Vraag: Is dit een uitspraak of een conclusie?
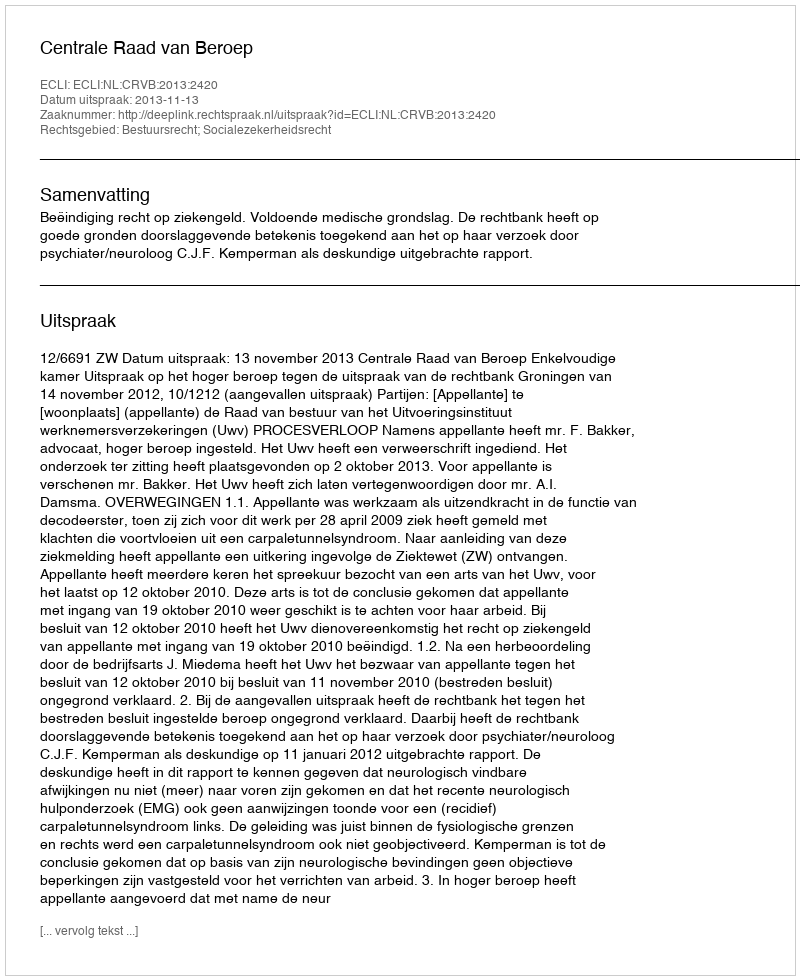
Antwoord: Uitspraak